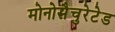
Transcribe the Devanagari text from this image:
मोनोसैचुरेटेड